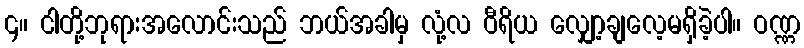
၄။ ငါတို့ဘုရားအလောင်းသည် ဘယ်အခါမှ လုံ့လ ဝီရိယ လျှော့ချလေ့မရှိခဲ့ပါ။ ဝဏ္ဏ